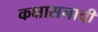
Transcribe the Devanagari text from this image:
कक्षासनाची